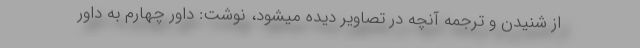
از شنیدن و ترجمه آنچه در تصاویر دیده میشود، نوشت: داور چهارم به داور